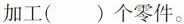
加工（ ）个零件。